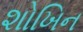
શોખિન